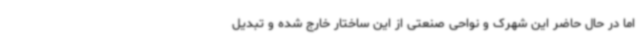
اما در حال حاضر این شهرک و نواحی صنعتی از این ساختار خارج شده و تبدیل